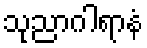
သုညာဂါရာနံ